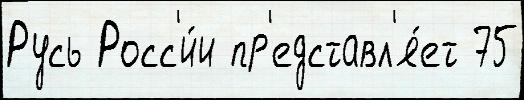
Русь Росс'и́и пр'едставл'я́ет 75